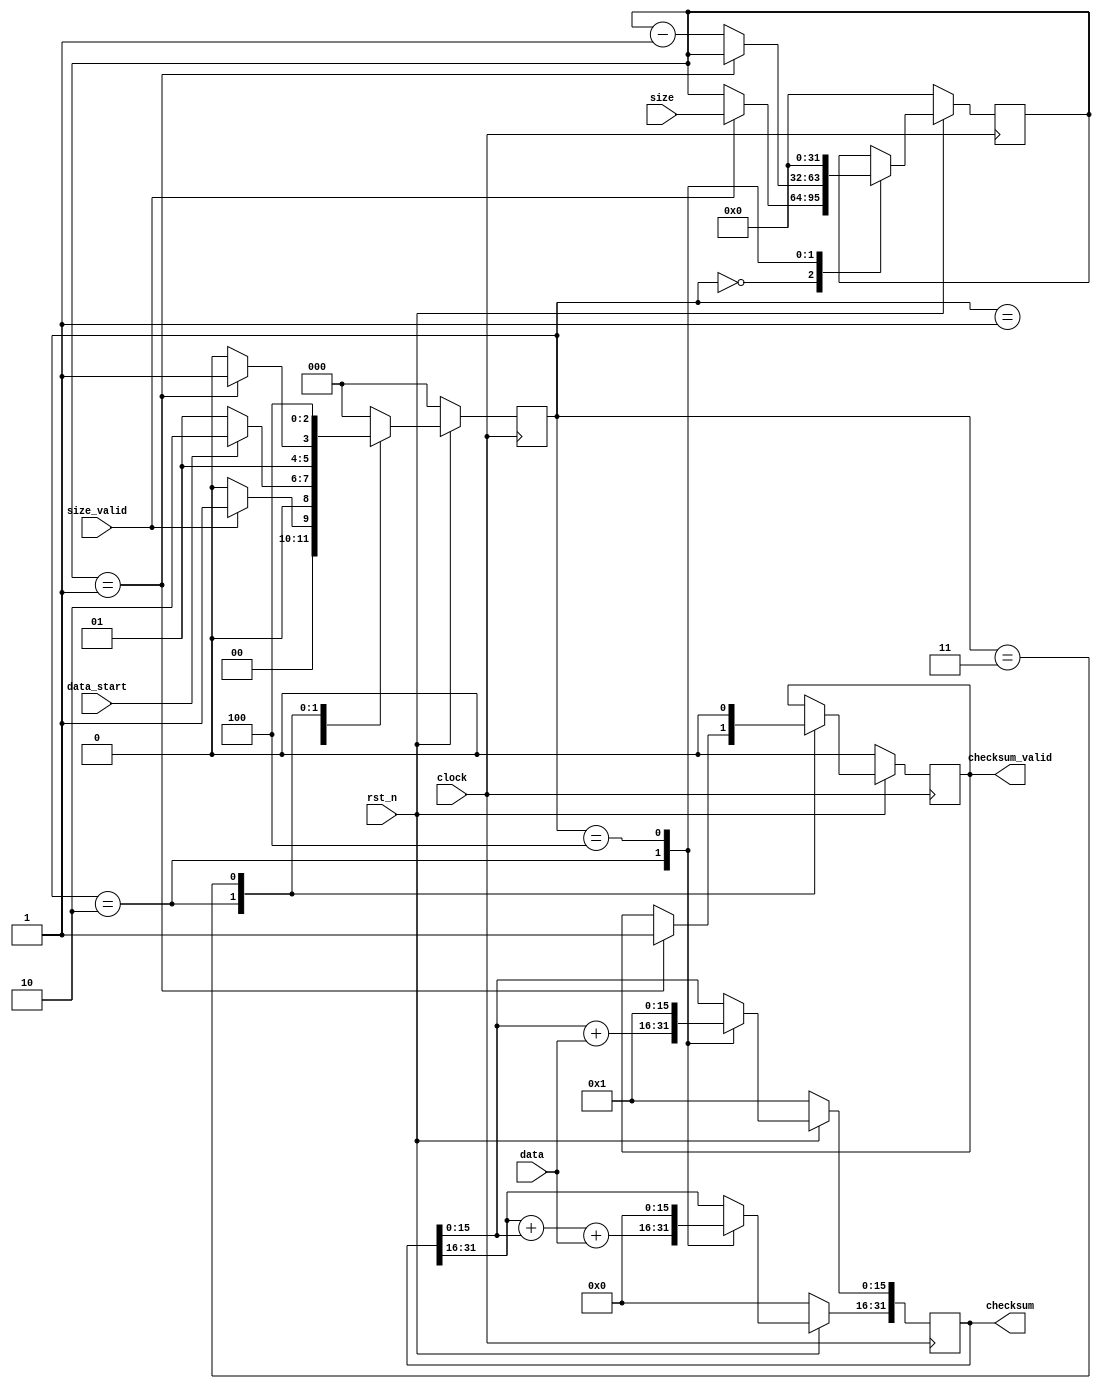
module adler32(clock, rst_n, size_valid, size, data_start, data, checksum_valid, checksum);
    input rst_n, clock, size_valid, data_start;
    input [31:0] size;
    input [7:0] data;
    output reg checksum_valid;
	output reg [31:0] checksum;

    reg [31:0] count;
    reg [2:0] state;
    parameter [2:0] STATE0=3'b000,STATE1=3'b001,STATE2=3'b010,STATE3=3'b011,STATE4=3'b100;

    always @ (posedge clock)
    if (!rst_n)
        begin
            count <= 1'b00000000000000000000000000000000;
            checksum <= 32'h00000001;			
            state <= STATE0;
            checksum_valid <= 1'b0;
        end
    else
        begin
            case(state)
            STATE0:
                if(size_valid)
                begin
                    count <= size;
                    state <= STATE1;
                end
                else state <= STATE0;
            STATE1:
                if(data_start)
                begin
                    state <= STATE2;
                    count <= count;
                end
                else state <= STATE1;
            STATE2:
                if(count==1)
                begin
                    checksum_valid <= 1'b1;
                    checksum[15:0] <= checksum[15:0] + data;
			        checksum[31:16] <= checksum[31:16] + checksum[15:0] + data;
                    state <= STATE3;
                end
                else
                begin
                    count <= count - 1'b1;
                    checksum[15:0] <= checksum[15:0] + data;
			        checksum[31:16] <= checksum[31:16] + checksum[15:0] + data;
                    state <= STATE2;
                end
            STATE3:
            begin
                checksum_valid <= 1'b0;
                state <= STATE4;
            end
            STATE4:
            begin
                checksum[31:0] <= 32'b1;
                count <= 1'b0;
                state <= STATE0;
            end
            default:
                state <= STATE0;
            endcase
        end
endmodule